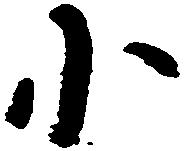
小